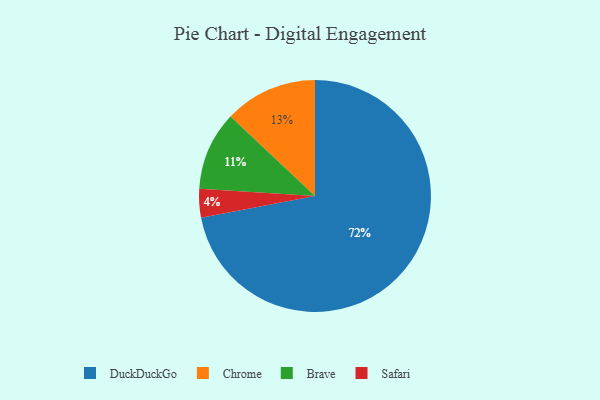
{"axis": {"x": "Category", "y": "Percentage"}, "legend": ["Brave", "Chrome", "DuckDuckGo", "Safari"], "data": [{"x": "Safari", "y": 4, "type": "Safari"}, {"x": "Chrome", "y": 13, "type": "Chrome"}, {"x": "DuckDuckGo", "y": 72, "type": "DuckDuckGo"}, {"x": "Brave", "y": 11, "type": "Brave"}]}